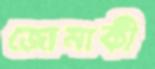
জোনাকী